Raikkula_vallavalitsus, lk 15
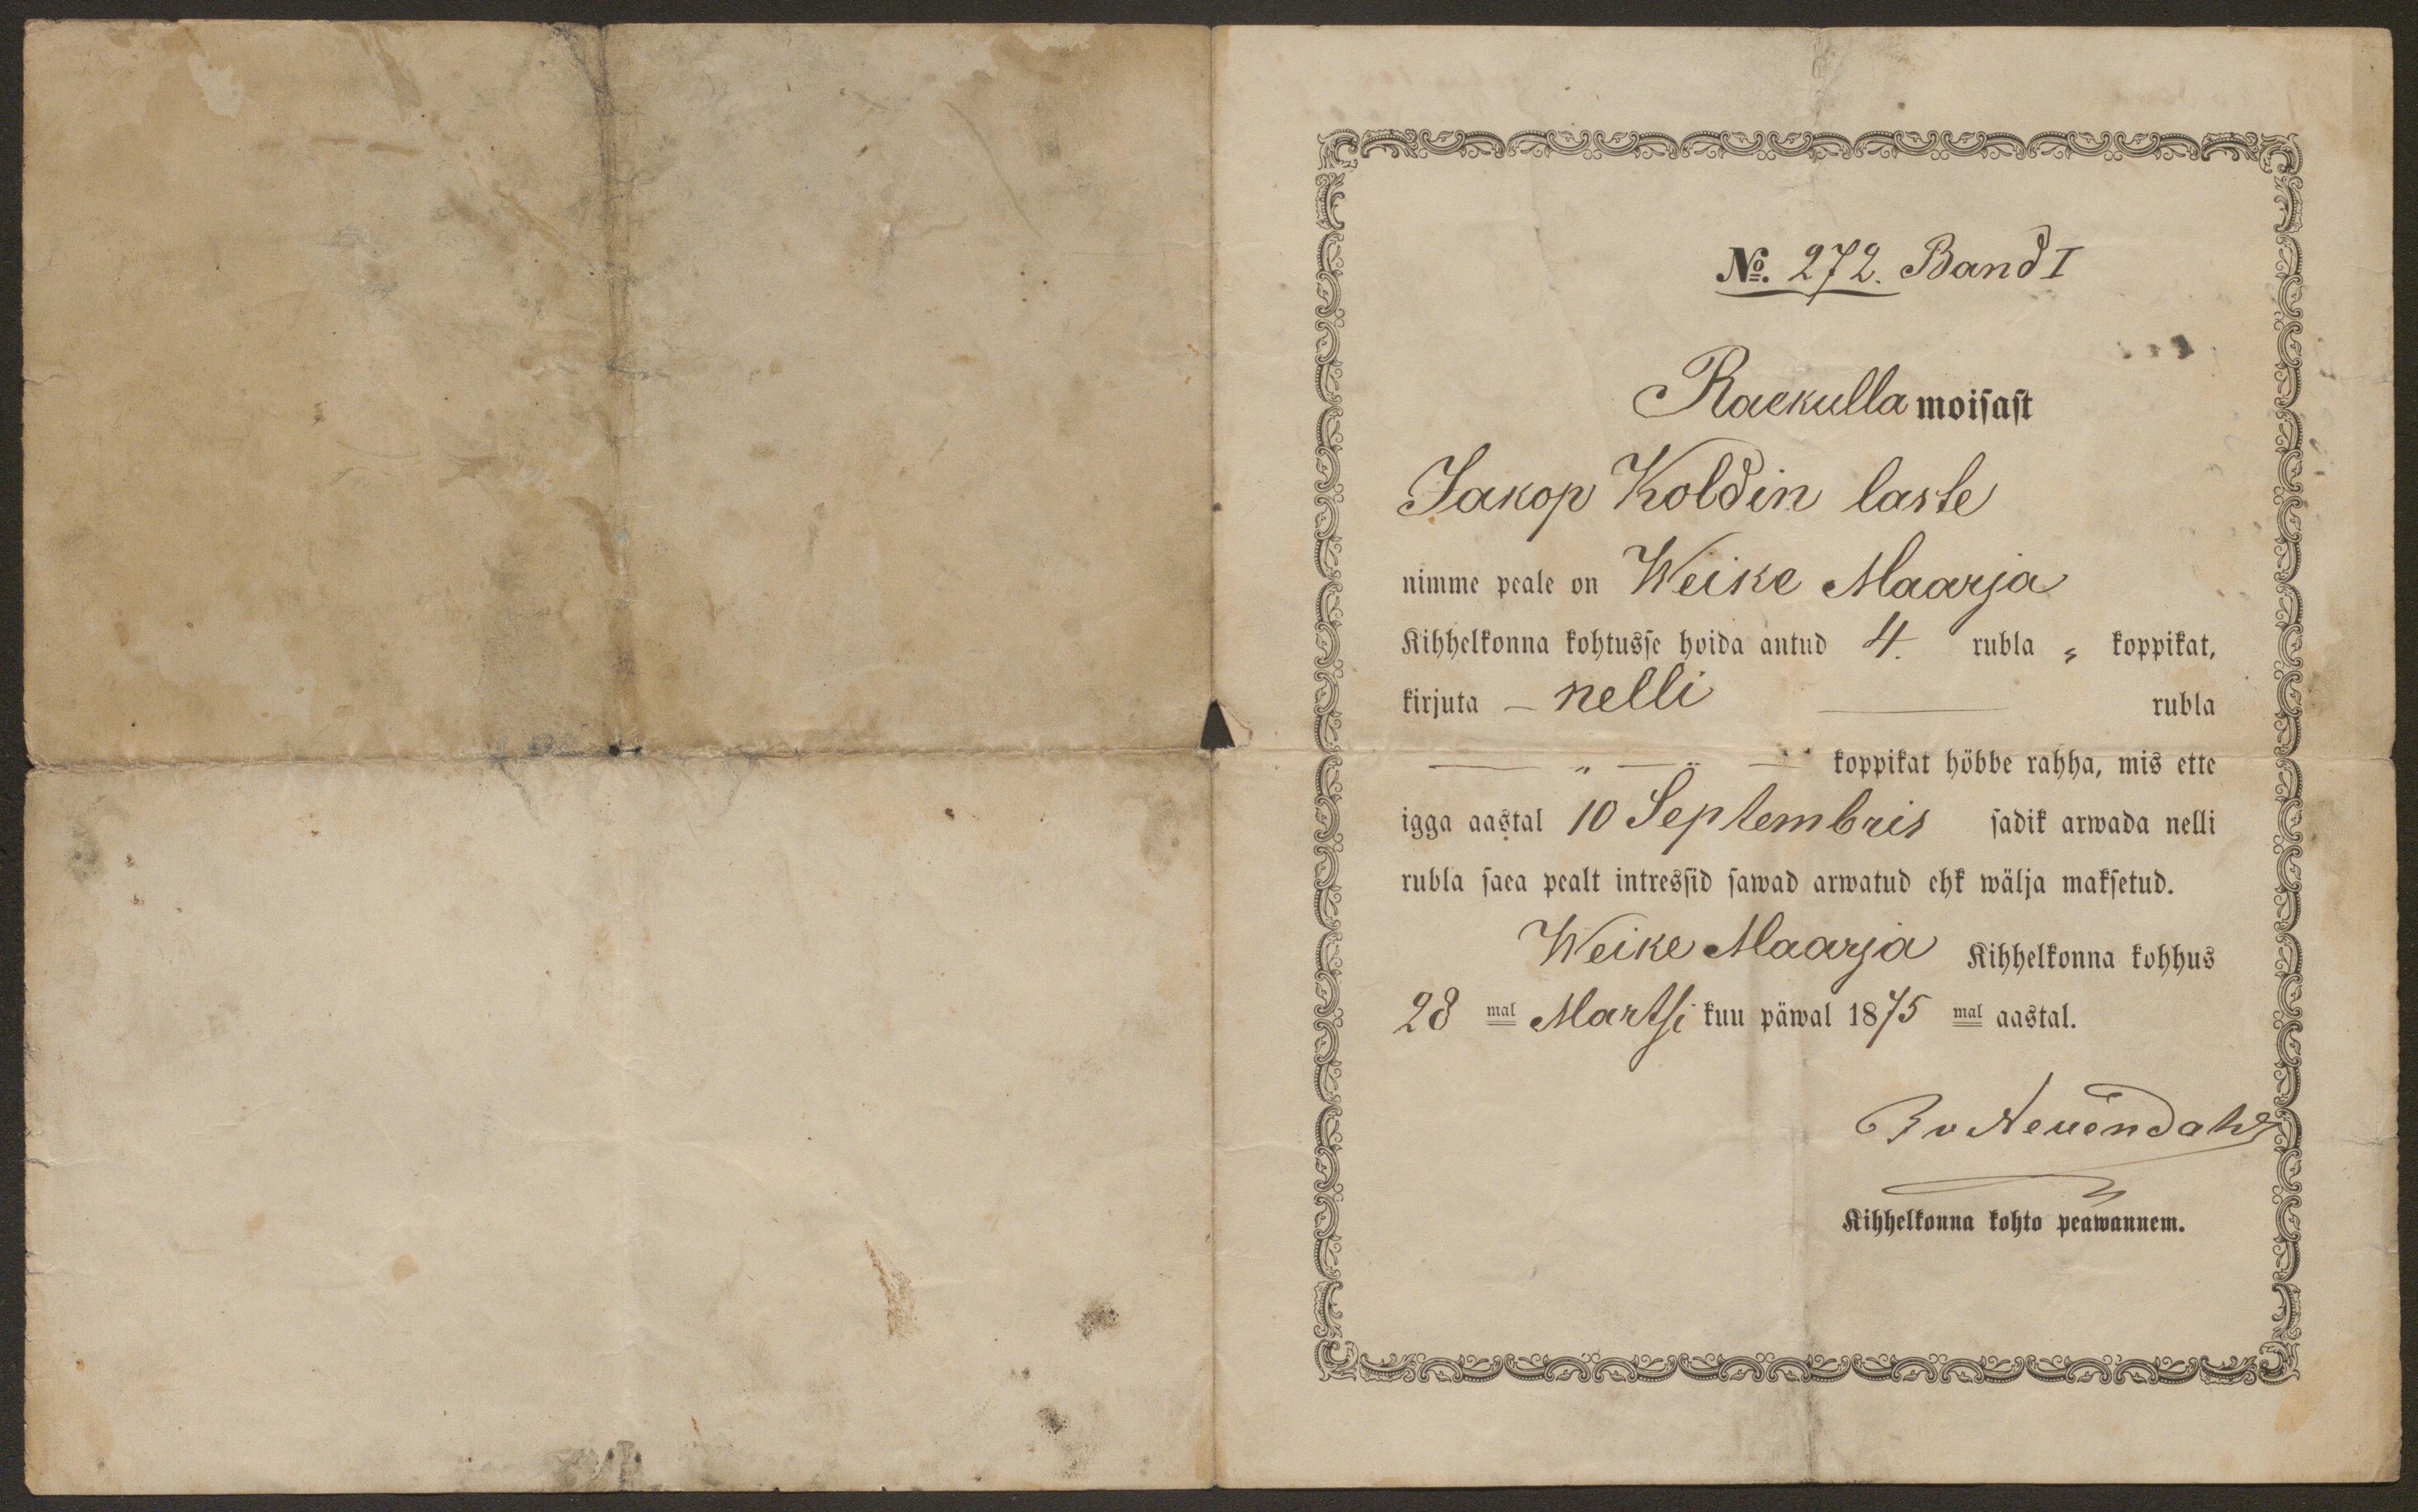
No. 272. Band I
Raekulla moisast
Jakop Koldin laste
nimme peale on Weike Maarja
Kihhelkonna kohtusse hoida antud 4 rubla - koppikat,
kirjuta - nelli
rubla
koppikat höbbe rahha, mis ette
igga aastal 10 Septembris sadik arwada nelli
rubla saea pealt intressid sawad arwatud ehk wälja maksetud.
Weike Maarja kihhelkonna kohhus
28mal Märtsi kuu päwal 1875mal aastal.
Bauerteuendahl
Kihhelkonna kohto peawannem.